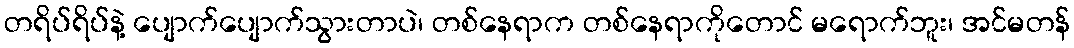
တရိပ်ရိပ်နဲ့ ပျောက်ပျောက်သွားတာပဲ၊ တစ်နေရာက တစ်နေရာကိုတောင် မရောက်ဘူး၊ အင်မတန်